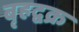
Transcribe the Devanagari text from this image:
बृहद्वक्र